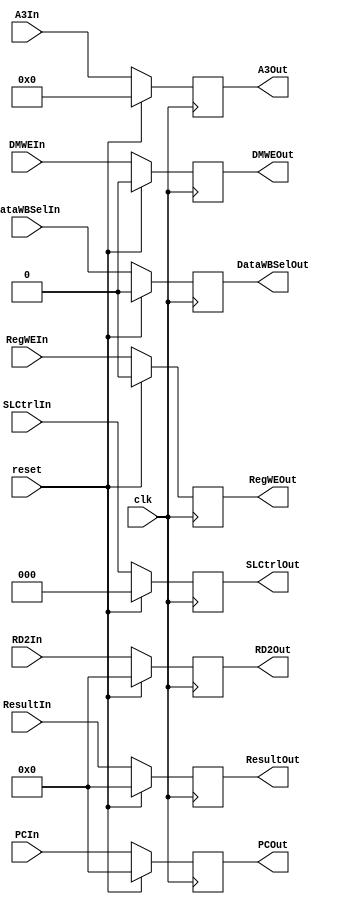
`timescale 1ns / 1ps
//////////////////////////////////////////////////////////////////////////////////
// Company: 
// Engineer: 
// 
// Design Name: 
// Module Name:    EMreg 
// Project Name: 
// Target Devices: 
// Tool versions: 
// Description: 
//
// Dependencies: 
//
// Revision: 
// Revision 0.01 - File Created
// Additional Comments: 
//
//////////////////////////////////////////////////////////////////////////////////
module EMreg(
	input clk,
	input reset,
	//Data	
	input [31:0] ResultIn,
	input [31:0] RD2In,
	input [4:0] A3In,
	output [31:0] ResultOut,
	output [31:0] RD2Out,
	output [4:0] A3Out,
	//Ctrl
	input DMWEIn,
	input DataWBSelIn,
	input RegWEIn,
	input [2:0] SLCtrlIn,
    
	output DMWEOut,
	output DataWBSelOut,
	output RegWEOut,
	output [2:0] SLCtrlOut,
	//PC
	input [31:0] PCIn,
	output [31:0] PCOut
    );
	
	reg [31:0] Result=0, RD2=0;
	reg [4:0] A3=0;
	
	assign ResultOut=Result;
	assign RD2Out=RD2;
	assign A3Out=A3;
	
	reg DMWE=0,DataWBSel=0,RegWE=0;
	reg [2:0] SLCtrl=0;
	
	assign DMWEOut=DMWE;
	assign DataWBSelOut=DataWBSel;
	assign RegWEOut=RegWE;
	assign SLCtrlOut=SLCtrl;
	
	reg [31:0] PC=0;
	assign PCOut=PC;
	
	always @(posedge clk)
	begin
		if(reset)
		begin
			Result<=0;
			RD2<=0;
			A3<=0;
			DMWE<=0;
			DataWBSel<=0;
			RegWE<=0;
			SLCtrl<=0;
			PC<=0;
		end
		else
		begin
			Result<=ResultIn;
			RD2<=RD2In;
			A3<=A3In;
			DMWE<=DMWEIn;
			DataWBSel<=DataWBSelIn;
			RegWE<=RegWEIn;
			SLCtrl<=SLCtrlIn;
			PC<=PCIn;
		end
	end

endmodule